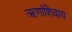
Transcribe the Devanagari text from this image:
ऋणांशिवाय